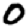
Digit: 0